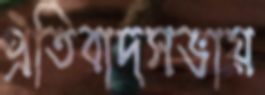
প্রতিবাদসভায়